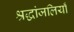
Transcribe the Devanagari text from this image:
श्रद्धांजलियाँ